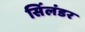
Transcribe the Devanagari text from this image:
सिंलंडर